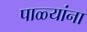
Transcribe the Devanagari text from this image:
पाळ्यांना